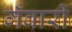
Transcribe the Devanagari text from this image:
गँवारी